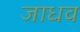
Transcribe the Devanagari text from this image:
जाधव